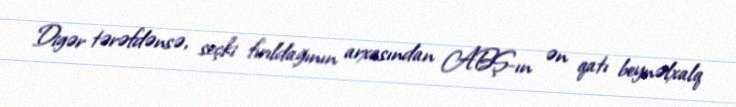
Digər tərəfdənsə, seçki fırıldağının arxasından ABŞ-ın ən qatı beynəlxalq